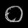
Digit: ၀